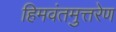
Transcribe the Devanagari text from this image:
हिमवंतमुत्तरेण